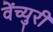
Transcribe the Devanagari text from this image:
वेंच्युरी